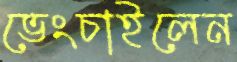
ভেংচাইলেন